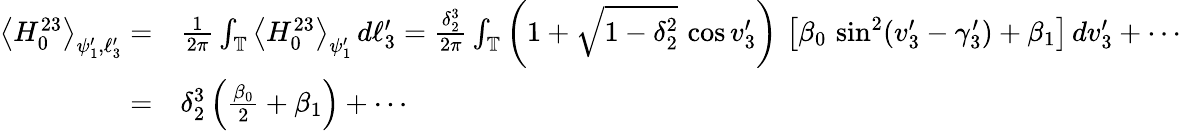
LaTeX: \begin{array}{rl}{\left\langle H_{0}^{23}\right\rangle_{\psi_{1}^{\prime},\ell_{3}^{\prime}}=}&{\frac{1}{2\pi}\int_{\mathbb{T}}\left\langle H_{0}^{23}\right\rangle_{\psi_{1}^{\prime}}\, d\ell_{3}^{\prime}=\frac{\delta_{2}^{3}}{2\pi}\int_{\mathbb{T}}\left(1+\sqrt{1-\delta_{2}^{2}}\, \cos v_{3}^{\prime}\right)\, \left[\beta_{0}\, \sin^{2}(v_{3}^{\prime}-\gamma_{3}^{\prime})+\beta_{1}\right]\, dv_{3}^{\prime}+\cdots}\\ {=}&{\delta_{2}^{3}\left(\frac{\beta_{0}}{2}+\beta_{1}\right)+\cdots}\end{array}